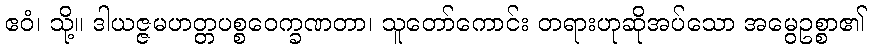
ဧဝံ၊ သို့။ ဒါယဇ္ဇမဟတ္တပစ္စဝေက္ခဏတာ၊ သူတော်ကောင်း တရားဟုဆိုအပ်သော အမွေဥစ္စာ၏